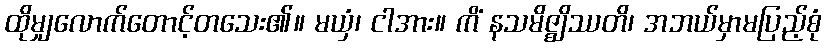
ထိုမျှလောက်တောင့်တသေး၏။ မယှံ၊ ငါအား။ ကိံ နသမိဇ္ဈိဿတိ၊ အဘယ်မှာမပြည့်စုံ